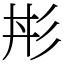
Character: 㣋